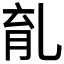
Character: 𠃴